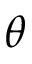
\theta